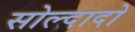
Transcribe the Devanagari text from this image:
सोल्दादो